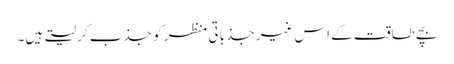
بچے طاقت کے اس غیر جذباتی منظر کو جذب کر لیتے ہیں۔